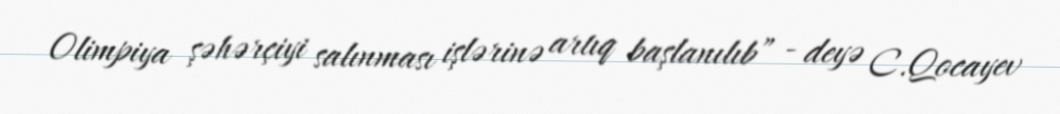
Olimpiya şəhərçiyi salınması işlərinə artıq başlanılıb” - deyə C.Qocayev